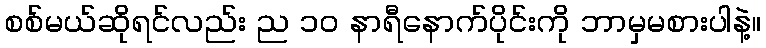
စစ်မယ်ဆိုရင်လည်း ည ၁၀ နာရီနောက်ပိုင်းကို ဘာမှမစားပါနဲ့။